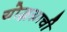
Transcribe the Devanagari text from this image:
योद्धय़ाची